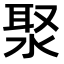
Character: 𣷗